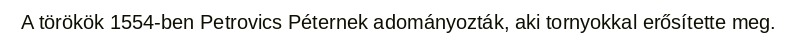
A törökök 1554-ben Petrovics Péternek adományozták, aki tornyokkal erősítette meg.